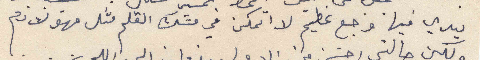
يدي فيها وجع عظيم لا اتمكن في مسك القلم مثل مهو لازم